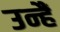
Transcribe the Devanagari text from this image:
उन्हैं